画像に写った文字を読んでください
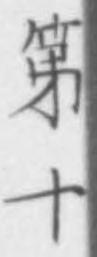
「第十」と書いてあります